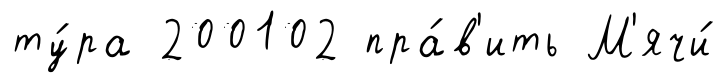
ту́ра 200102 пра́в'ить М'ячи́